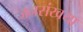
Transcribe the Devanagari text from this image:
जनसंखया